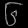
Digit: ၆